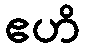
ဧဟိ